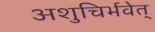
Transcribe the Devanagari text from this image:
अशुचिर्भवेत्